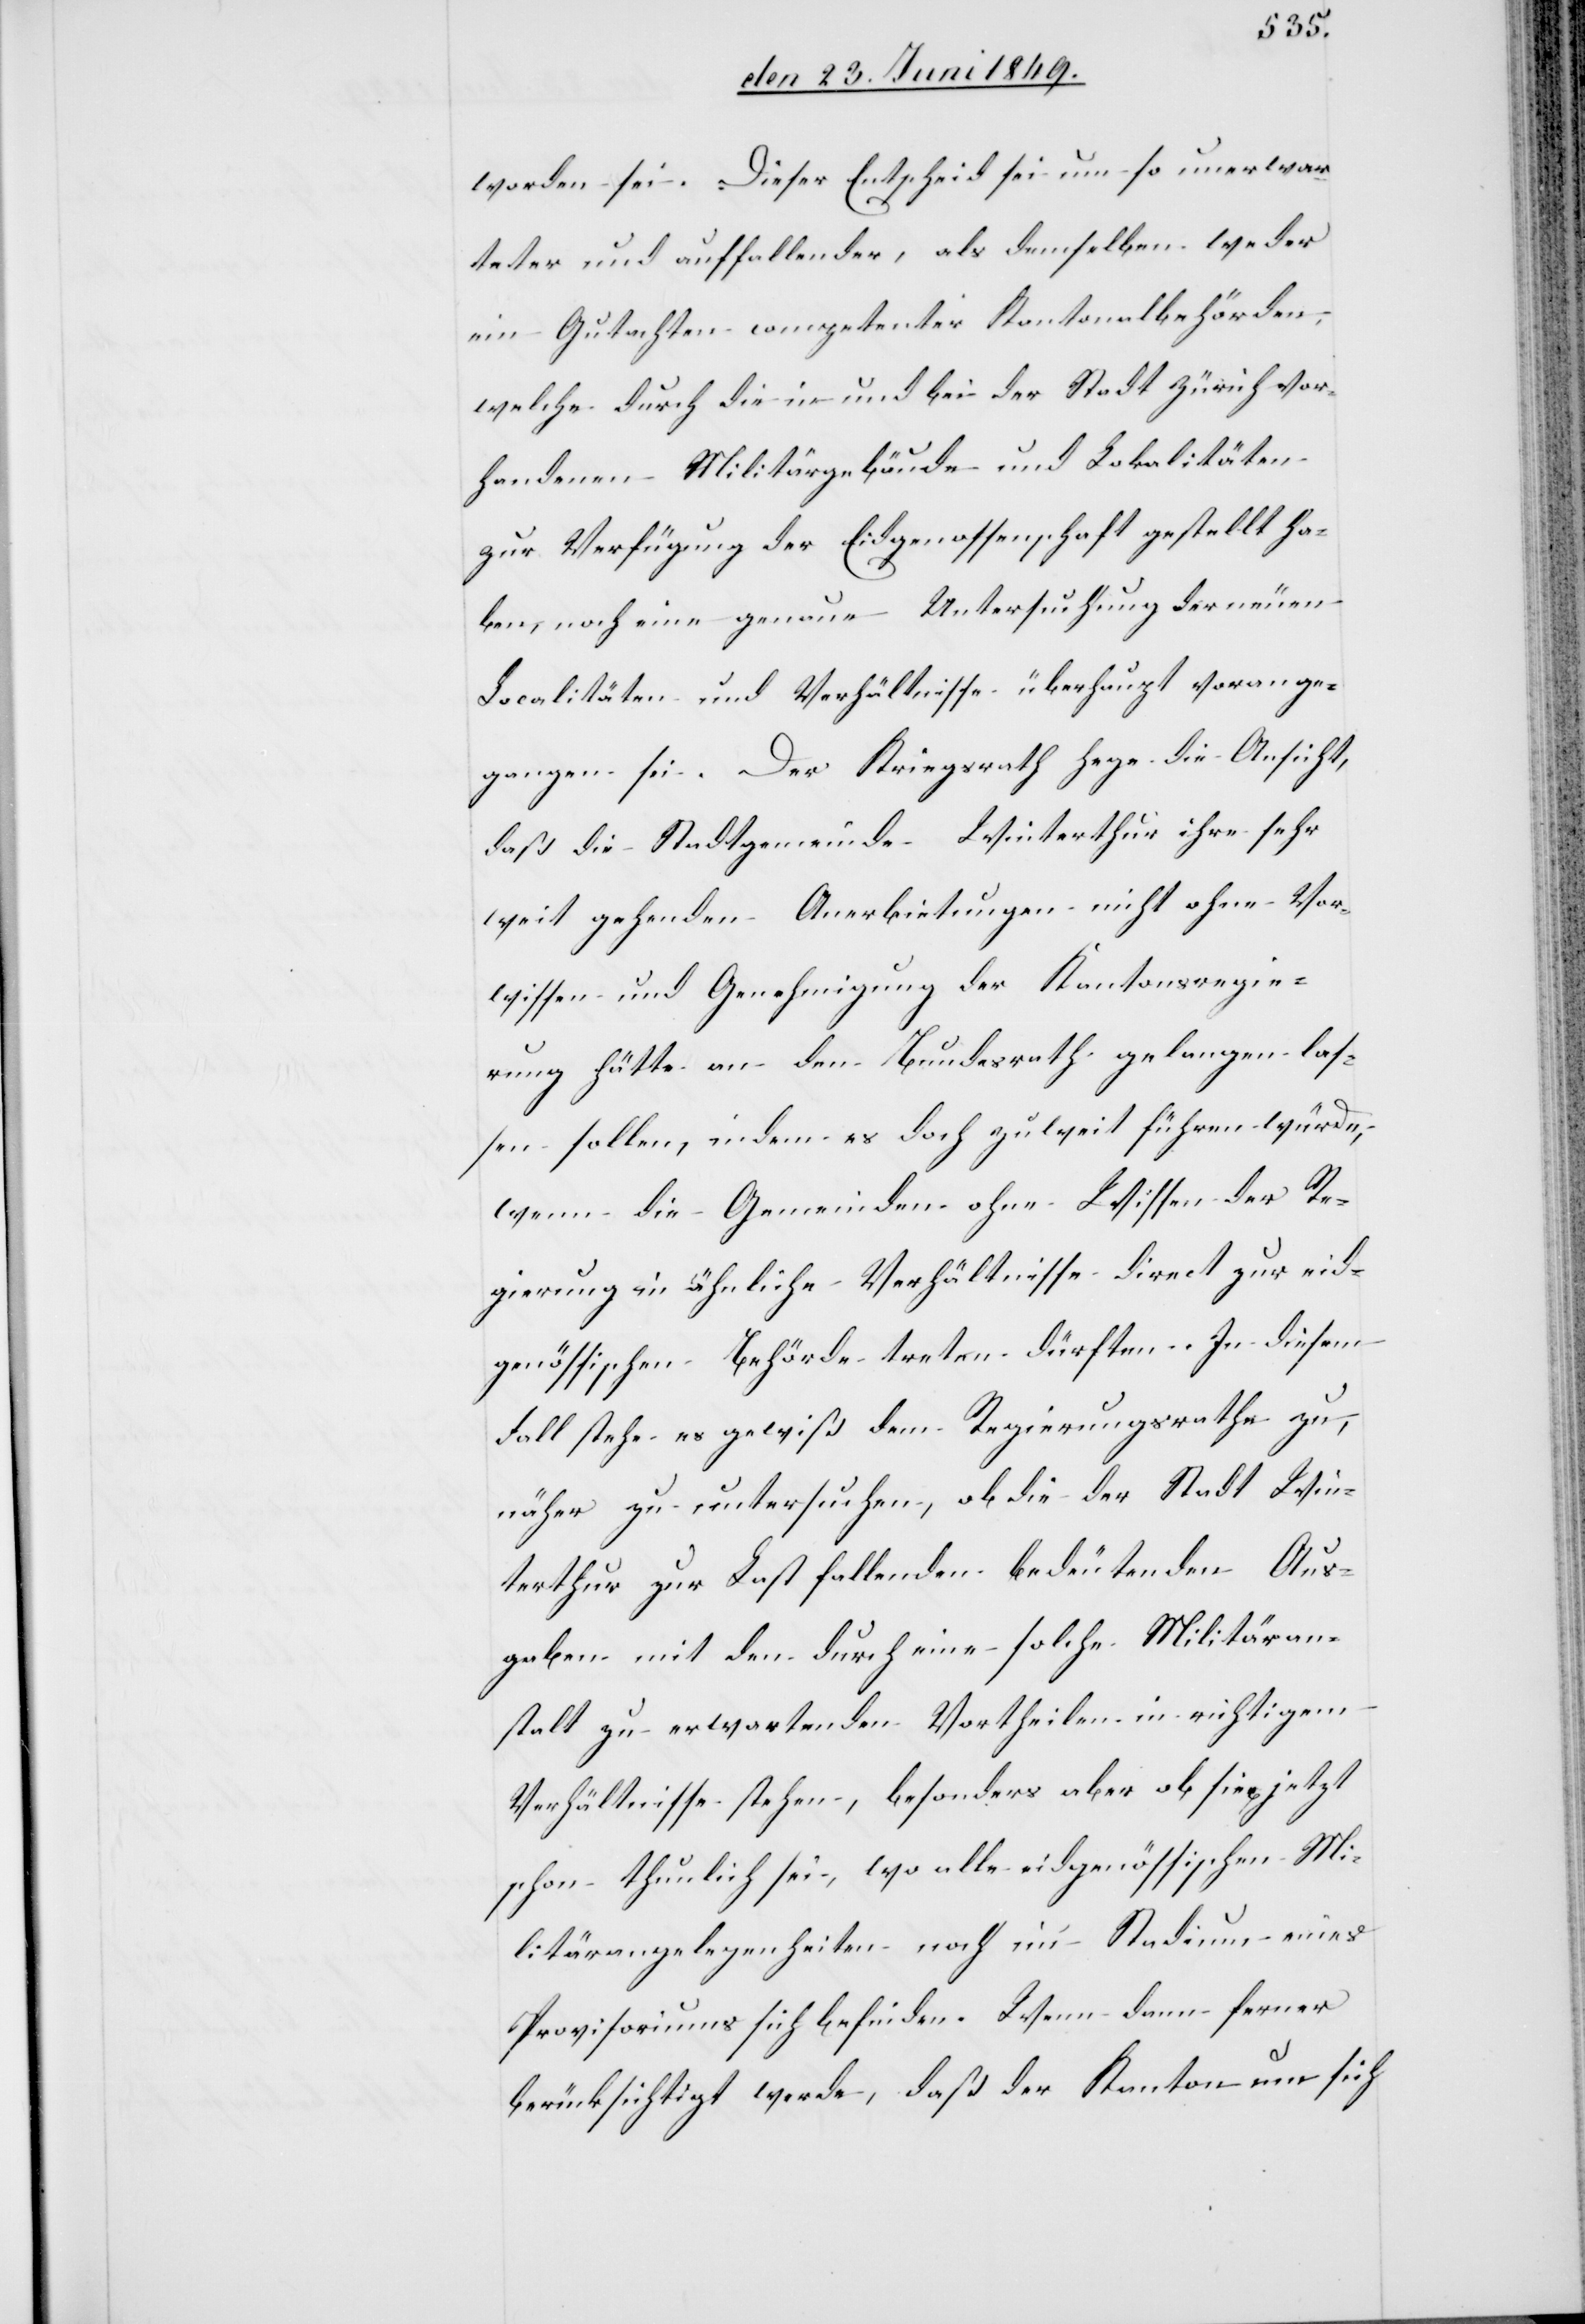
worden sei. Dieser Entscheid sei um so unerwar¬
teter und auffallender, als demselben weder
ein Gutachten competenter Kantonalbehörden,
welche durch die in und bei der Stadt Zürich vor¬
handenen Militärgebäude und Lokalitäten
zur Verfügung der Eidgenossenschaft gestellt ha¬
ben, noch eine genaue Untersuchung der neuen
Localitäten und Verhältnisse überhaupt vorange¬
gangen sei. Der Kriegsrath hege die Ansicht,
daß die Stadtgemeinde Winterthur ihre sehr
weit gehenden Anerbietungen nicht ohne Vor¬
wissen und Genehmigung der Kantonsregie¬
rung hätte an den Bundesrath gelangen las¬
sen sollen, indem es doch zu weit führen würde,
wenn die Gemeinden ohne Wissen der Re¬
gierung in ähnliche Verhältnisse direct zur eid¬
genössischen Behörde treten dürften. In diesem
Fall stehe es gewiß dem Regierungsrathe zu,
näher zu untersuchen, ob die der Stadt Win¬
terthur zur Last fallenden bedeutenden Aus¬
gaben mit den durch eine solche Militäran¬
stalt zu erwartenden Vortheilen in richtigem
Verhältnisse stehen, besonders aber ob sie jetzt
schon thunlich sei, wo alle eidgenössischen Mi¬
litärangelegenheiten noch im Stadium eines
Provisoriums sich befinden. Wenn dann ferner
berücksichtigt werde, daß der Kanton nun sich